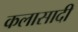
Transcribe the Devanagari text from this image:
कलासादी